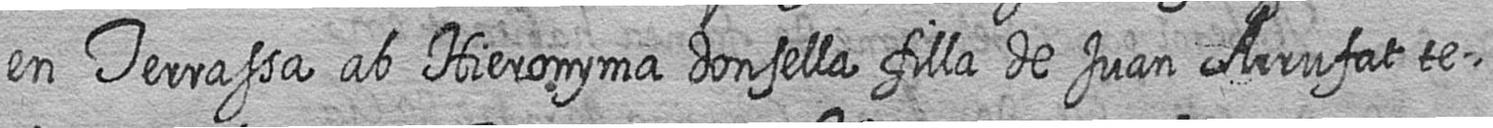
en Terrassa ab Hieronyma donsella filla de Juan Arrufat te=